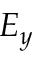
E _ { y }